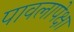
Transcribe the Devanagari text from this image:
पावलापेक्षा